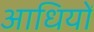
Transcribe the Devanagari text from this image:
आधियों